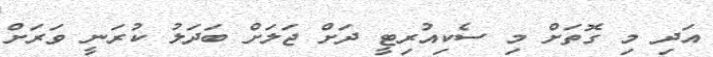
އަދި މި ގޮތަށް މި ސެކިއުރިޓީ ދަށް ޖަލަށް ބަދަލު ކުރަނީ ވަރަށް